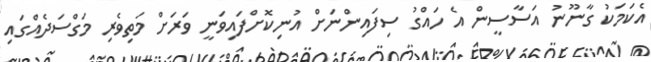
އެކަމަކު ގާނޫނު އަސާސީން އެ ހައްގު ސިފައިންނަށް އުނިކޮށްފައިވަނީ ވަރަށް މަތިވެރި މަގްސަދެއްގައި